Report on vaccination in Madras 1895-1903 - 1895-1903
Year: 1895
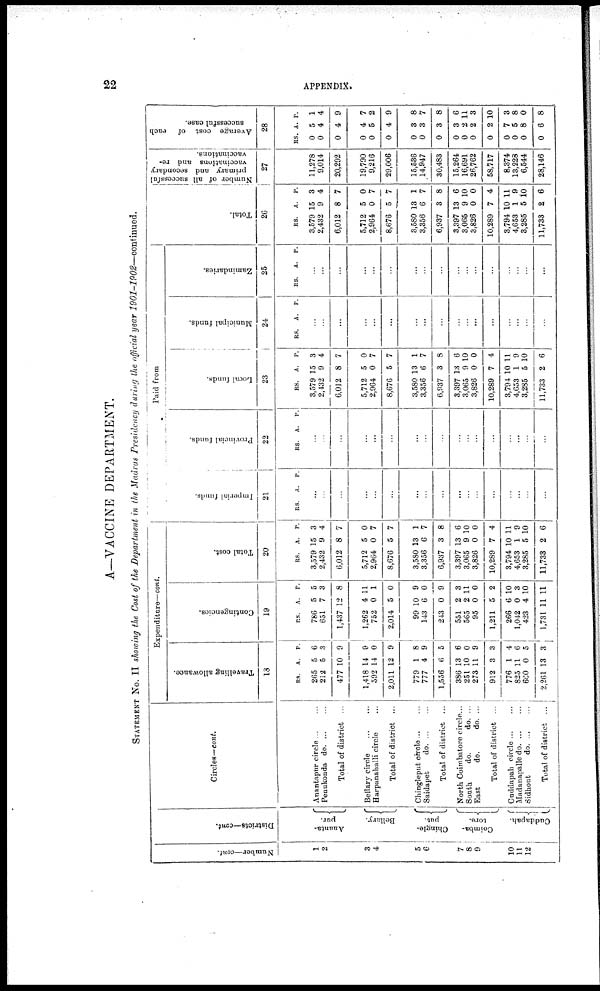
22
APPENDIX.
A—VACCINE DEPARTMENT.
STATEMENT No. II showing the Cost of the Department in the Madras Presidency during the official year 1901-1902—continued.
Number—cont.
1
2
3
4
5
6
7
8
9
10
11
12
Districts—cont.
Ananta-
pur.
Bellary.
Chingle-
put.
Coimba-
tore.
Cuddapah.
Circles—cont.
Anantapur circle ... ...
Penukonda
do. ... ...
Total of district ...
Bellary circle
...
...
Harpanahalli circle ...
Total of district ...
Chingleput circle ... ...
Saidapet
do. ... ...
Total of district ...
North Coimbatore circle...
South
do.
do. ...
East
do.
do. ...
Total of district ...
Cuddapah circle ... ...
Madanapalle do. ... ...
Sidhout
do. ... ...
Total of district ...
Expenditure—cont.
Travelling allowance.
18
RS.
265
212
477
1,418
302
2,011
779
777
1,556
386
251
273
912
776
825
660
2,261
A.
5
5
10
14
14
12
1
4
6
13
10
11
3
1
11
0
13
P.
6
3
9
9
0
9
8
9
5
6
0
9
3
4
6
5
3
Contingencies.
19
RS.
786
651
1,437
1,262
752
2,014
99
143
243
551
565
95
1,211
266
1,042
423
1,731
A.
5
7
12
4
0
5
10
6
0
2
2
0
5
6
0
4
11
P.
5
3
8
11
1
0
9
0
9
3
11
0
2
10
3
10
11
Total cost.
20
RS.
3,579
2,432
6,012
5,712
2,964
8,676
3,580
3,356
6,937
3,397
3,065
3,826
10,289
3,794
4,653
3,285
11,733
A.
15
9
8
5
0
5
13
6
3
13
9
0
7
10
1
1
2
P.
3
4
7
0
7
7
1
7
8
6
10
0
4
11
9
10
6
Paid from
Imperial funds.
21
RS. A. P.
...
...
...
...
...
...
...
...
...
...
...
...
...
...
...
...
...
Provincial funds.
22
RS. A. P.
...
...
...
...
...
...
...
...
...
...
...
...
...
...
...
...
...
Local funds.
23
RS.
3,579
2,432
6,012
5,712
2,904
8,676
3,580
3,356
6,937
3,397
3,065
3,826
10,289
3,794
4,653
3,285
11,733
A.
15
9
8
5
0
5
13
6
3
13
9
0
7
10
1
5
2
P.
3
4
7
0
7
7
1
7
8
6
10
0
4
11
9
10
6
Municipal funds.
24
RS. A. P.
...
...
...
...
...
...
...
...
...
...
...
...
...
...
...
...
...
Zamindaries.
25
RS. A. P.
...
...
...
...
...
...
...
...
...
...
...
...
...
...
...
...
...
Total.
26
RS.
3,579
2,432
6,012
5,712
2,964
8,676
3,580
3,356
6,937
3,397
3,065
3,826
10,289
3,794
4,653
3,285
11,738
A.
15
9
8
5
0
5
13
6
3
13
9
0
7
10
1
5
2
P.
3
4
7
0
7
7
1
7
8
6
10
0
4
11
9
10
6
Number of all successful
primary and secondary
vaccinations and re-
vaccinations.
27
11,278
9,014
20,292
19,790
9,216
29,006
15,536
14,947
30,483
15,264
16,691
26,762
58,717
8,374
13,228
6,544
28,146
Average cost of each
successful case.
28
RS.
0
0
0
0
0
0
0
0
0
0
0
0
0
0
0
0
0
A.
5
4
4
4
5
4
3
3
3
3
2
2
2
7
5
8
6
P.
1
4
9
7
2
9
8
7
8
6
11
3
10
3
8
0
8